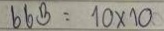
663 = 10 x 10